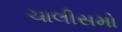
ચાલીસમો